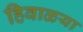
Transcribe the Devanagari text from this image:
हिवाळया